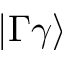
| \Gamma \gamma \rangle